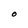
Character: o